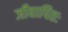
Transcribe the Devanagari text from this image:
जीवापितः